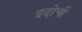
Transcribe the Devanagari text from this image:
इदोची